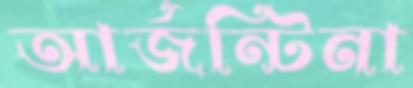
আর্জন্টিনা